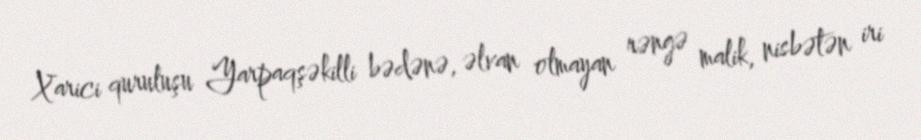
Xarici quruluşu Yarpaqşəkilli bədənə, əlvan olmayan rəngə malik, nisbətən iri